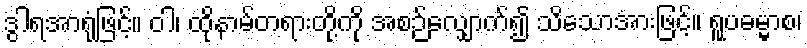
ဒွါရအာရုံဖြင့်။ ဝါ၊ ထိုနာမ်တရားတို့ကို အစဉ်လျှောက်၍ သိသောအားဖြင့်။ ရူပဓမ္မာစ၊